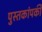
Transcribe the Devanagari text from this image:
पुस्तकांपकी